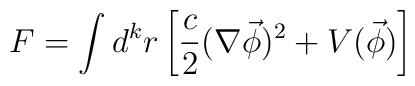
F=\int d^kr\left[ \frac c2(\nabla \vec \phi )^2+V(\vec \phi)\right]